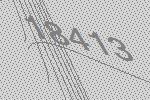
18413